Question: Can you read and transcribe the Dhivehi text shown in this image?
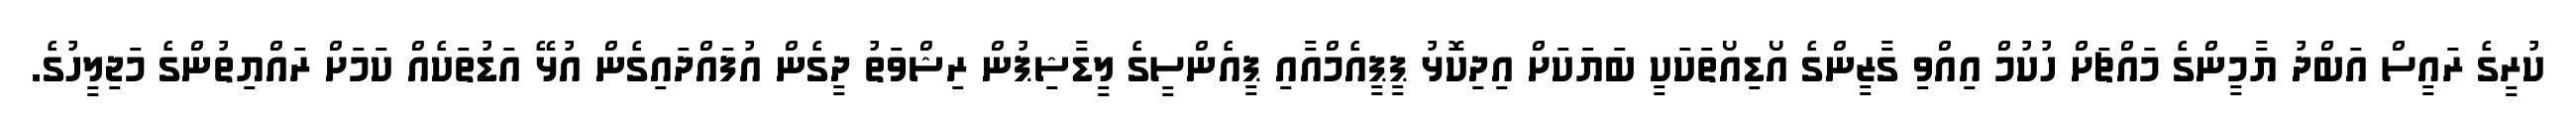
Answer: ކުރީގެ ރައީސް އަބްދު ޔާމީންގެ މައްޗަށް ހުކުމް އިއްވި ގާޒީންގެ އޯޑިއޯތަކަކީ ބަޔަކަށް އިދިކޮޅު ޕީޕީއެމްއާއި ޕީއެންސީގެ ލީޑާޝިޕުން ރިޝްވަތު ދީގެން އުފައްދައިގެން އުޅޭ އަޑުތަކެއް ކަމަށް ރައްޔިތުންގެ މަޖިލީހުގެ.